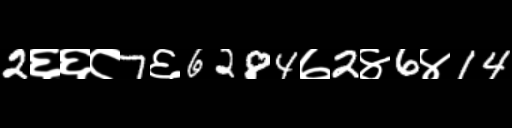
Text: 2६६८7६6284७2४6४14